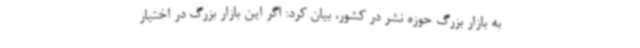
به بازار بزرگ حوزه نشر در کشور، بیان کرد: اگر این بازار بزرگ در اختیار